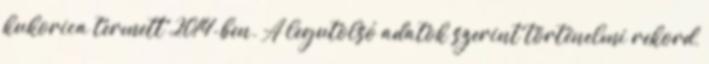
kukorica termett 2014-ben. A legutolsó adatok szerint történelmi rekord,